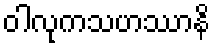
ဝါလုကသဟဿာနိ